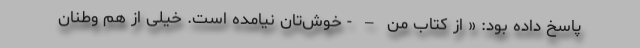
پاسخ داده بود: « از کتاب من – - خوش‌تان نیامده است. خیلی از هم وطنان